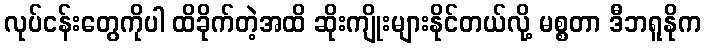
လုပ်ငန်းတွေကိုပါ ထိခိုက်တဲ့အထိ ဆိုးကျိုးများနိုင်တယ်လို့ မစ္စတာ ဒီဘရူနိုက